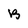
Character: B